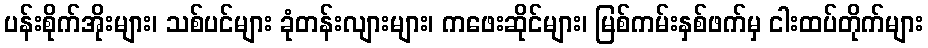
ပန်းစိုက်အိုးများ၊ သစ်ပင်များ ခုံတန်းလျားများ၊ ကဖေးဆိုင်များ၊ မြစ်ကမ်းနှစ်ဖက်မှ ငါးထပ်တိုက်များ